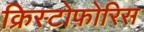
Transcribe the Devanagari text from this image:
क्रिस्टोफ़ोरिस